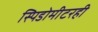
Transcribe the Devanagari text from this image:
स्पिडोमीटरही